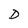
Character: D